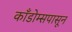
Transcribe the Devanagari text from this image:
काँडोम्सपासून